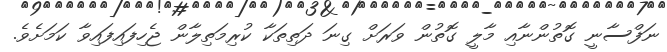
ނަފްސާނީ ގޮތުންނާއި މާލީ ގޮތުން ވަރަށް ގިނަ ދަތިތަކާ ކުރިމަތިލާން ޖެހިފައިފައިވާ ކަމަށެވެ.